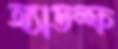
অ্যাডল্ফ